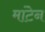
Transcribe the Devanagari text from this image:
मांटेन